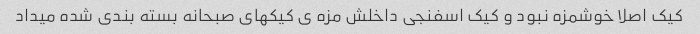
کیک اصلا خوشمزه نبود و کیک اسفنجى داخلش مزه ى کیکهاى صبحانه بسته بندى شده میداد